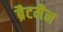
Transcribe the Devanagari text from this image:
ब्रैटमैन